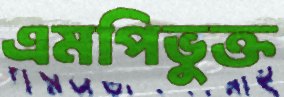
এমপিভুক্ত